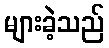
များခဲ့သည်